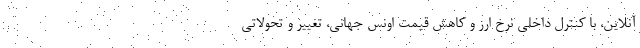
آنلاین، با کنترل داخلی نرخ ارز و کاهش قیمت اونس جهانی، تغییر و تحولاتی